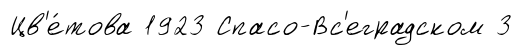
Цв'е́това 1923 Спасо-Вс'еградском 3